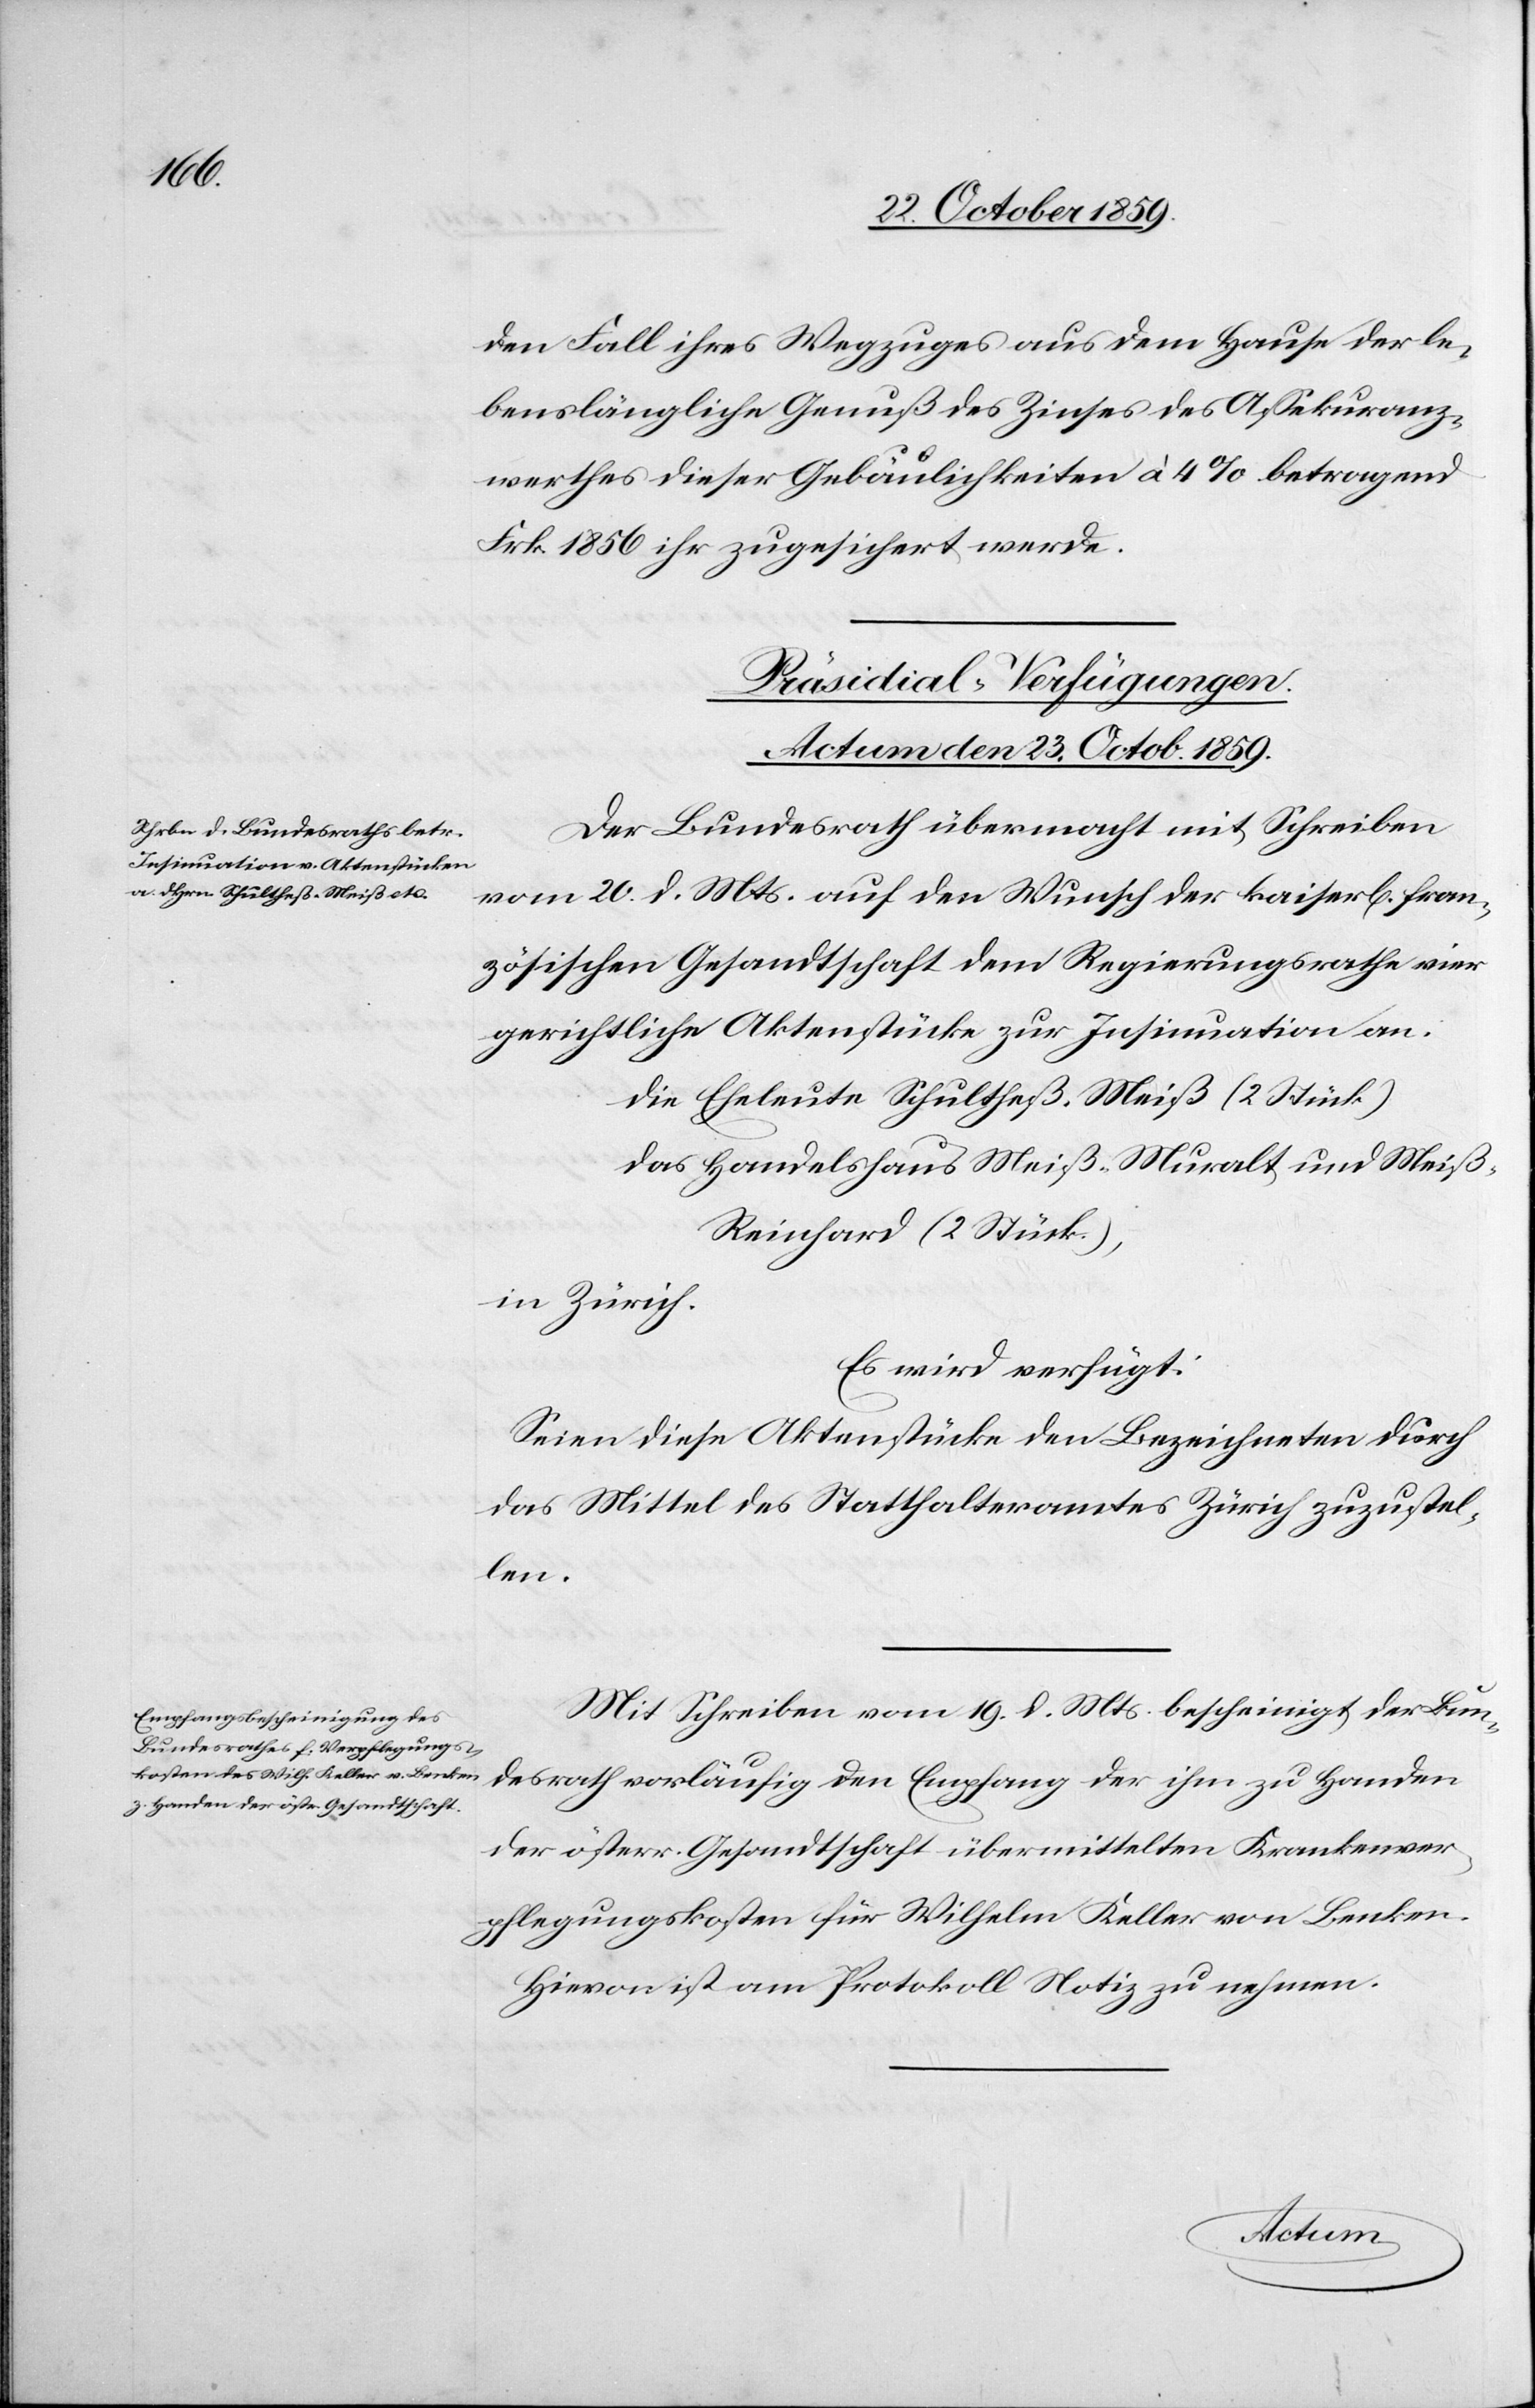
den Fall ihres Wegzuges aus dem Hause der le¬
benslängliche Genuß des Zinses des Assekuranz¬
werthes dieser Gebäulichkeiten à 4% betragend
Frk. 1856 ihr zugesichert werde.
[Präsidial-Verfügungen.
Actum den 23. Octob. 1859.]
Der Bundesrath übermacht mit Schreiben
vom 20 d. Mts. auf den Wunsch der kaiserl[ichen] fran¬
zösischen Gesandtschaft dem Regierungsrathe vier
gerichtliche Aktenstücke zu Insinuation an:
die Eheleute Schultheß Meiß (2 Stück)
das Handelshaus Meiß-Muralt und Meiß-R¬
einhard (2 Stück),
in Zürich.
Es wird verfügt:
Seien diese Aktenstücke den Bezeichneten durch
das Mittel des Statthalteramtes Zürich zuzustel¬
len.
Mit Schreiben vom 19. d. Mts. bescheinigt der Bun¬
desrath vorläufig den Empfang der ihm zu Handen
der österr. Gesandtschaft übermittelten Krankenver¬
pflegungskosten für Wilhelm Keller von Benken.
Hievon ist am Protokoll Notiz zu nehmen.